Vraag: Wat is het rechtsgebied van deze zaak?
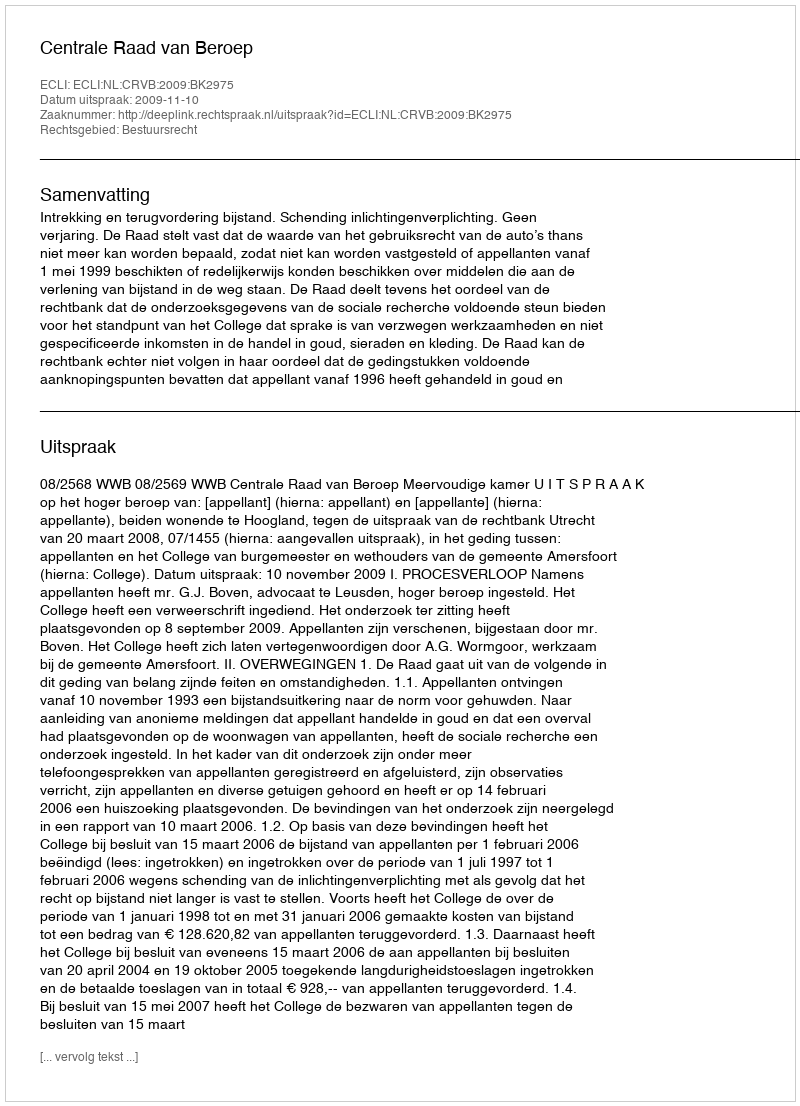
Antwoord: Bestuursrecht